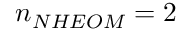
n _ { N H E O M } = 2